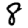
Digit: 8